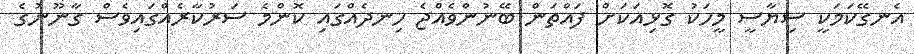
އެނގޭކަމަކީ ސިޔާސީ މީހަކު ގޮޅިއަކަށް ފައްތަން ބޭނުންވެއްޖެ ހިނދެއްގައި ކޮންމެ ސަރުކާރެއްގައިވެސް ގާނޫނުގެ